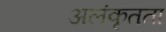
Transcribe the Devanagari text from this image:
अलंकृतता